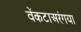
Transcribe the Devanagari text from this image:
वेंकटाअरंगया